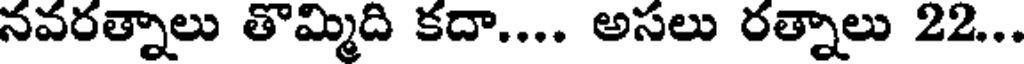
నవరత్నాలు తొమ్మిది కదా.... అసలు రత్నాలు 22...